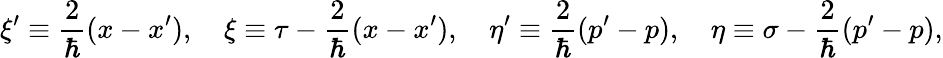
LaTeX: \xi^{\prime}\equiv{\frac{2}{\hbar}}(x-x^{\prime}),\quad\xi\equiv\tau-{\frac{2}{\hbar}}(x-x^{\prime}),\quad\eta^{\prime}\equiv{\frac{2}{\hbar}}(p^{\prime}-p),\quad\eta\equiv\sigma-{\frac{2}{\hbar}}(p^{\prime}-p),